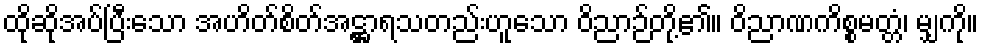
ထိုဆိုအပ်ပြီးသော အဟိတ်စိတ်အဋ္ဌာရသတည်းဟူသော ဝိညာဉ်တို့၏။ ဝိညာဏကိစ္စမတ္တံ၊ မျှကို။